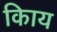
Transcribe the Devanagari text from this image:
किाय